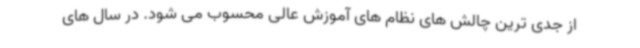
از جدی ترین چالش های نظام های آموزش عالی محسوب می شود. در سال های